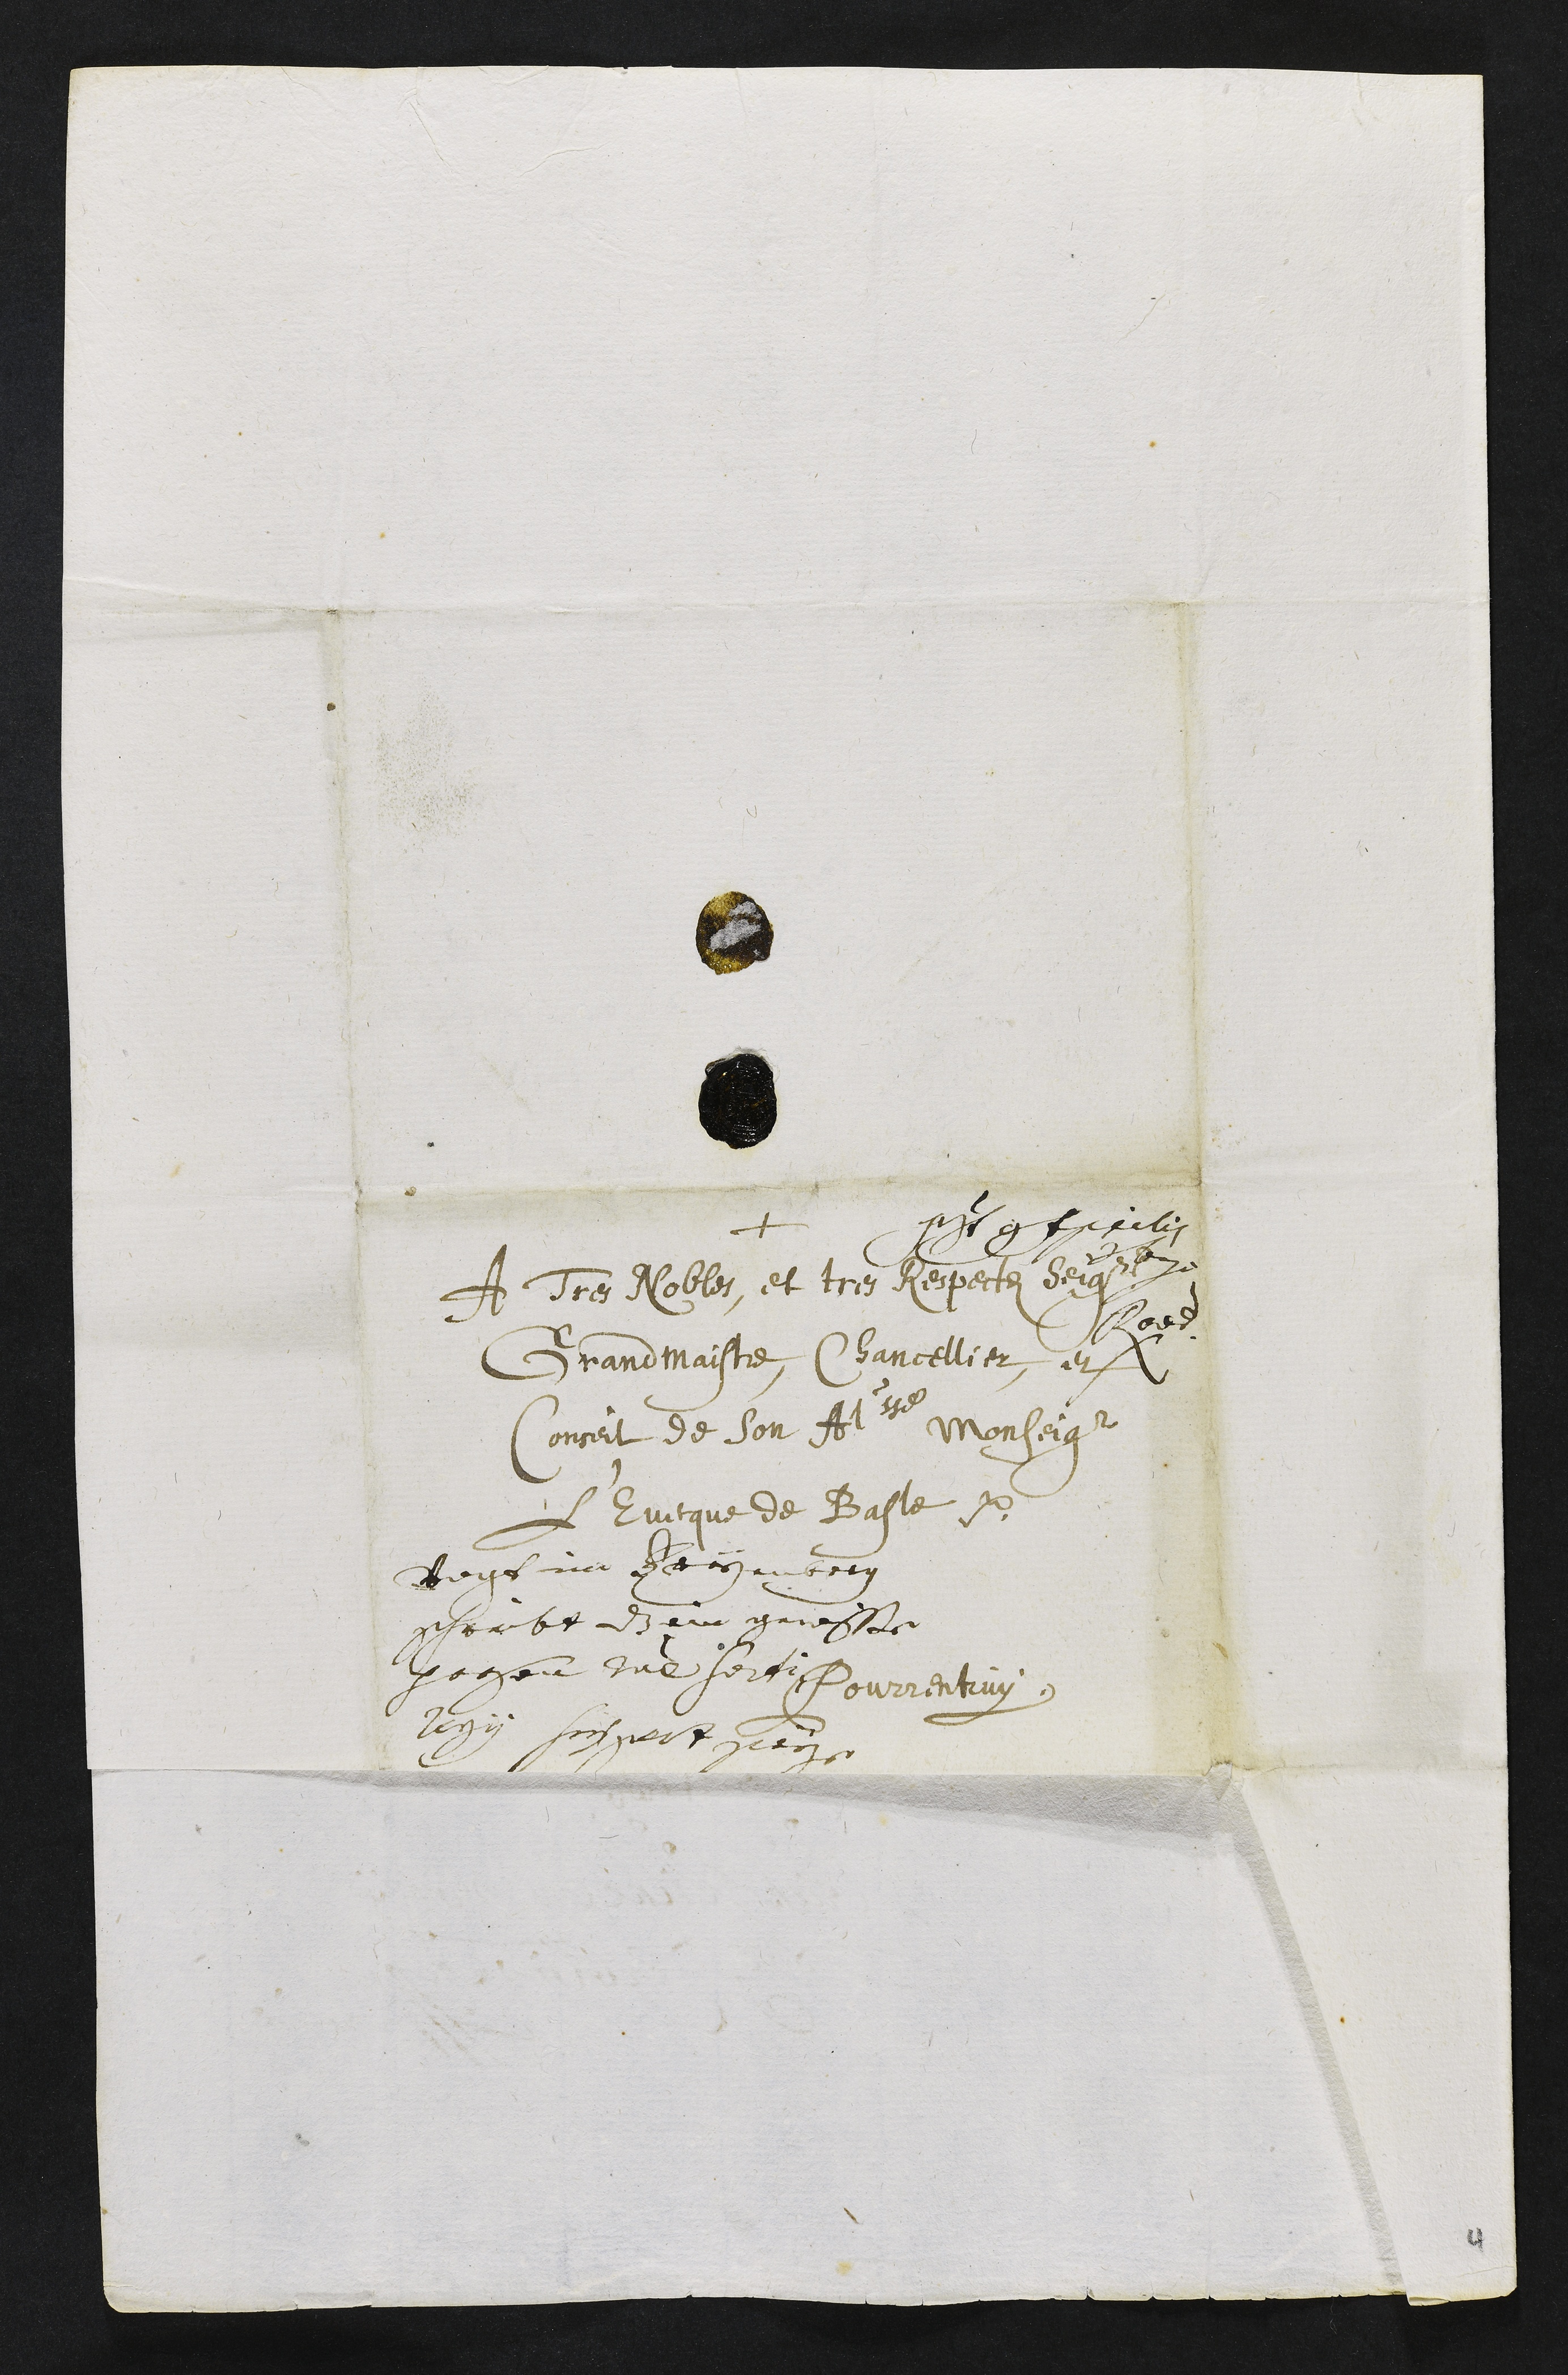
+
Presentatum 9 Aprilis
A Tres Nobles, et tres Respectes seigneurs
Grandmaistre, Chancellier, et
Reverendissime
Conseil de Son Altesse Monseigneur
l'Evesque de Basle etc.
Pourrentruy.
Vogt im Freyenberg
schreibt dass eine gewisse
person ratione sorti
legii suspect seye